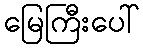
မြေကြီးပေါ်